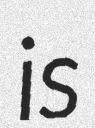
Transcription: is